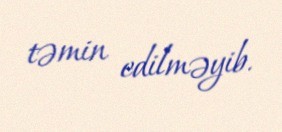
təmin edilməyib.